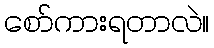
စော်ကားရတာလဲ။